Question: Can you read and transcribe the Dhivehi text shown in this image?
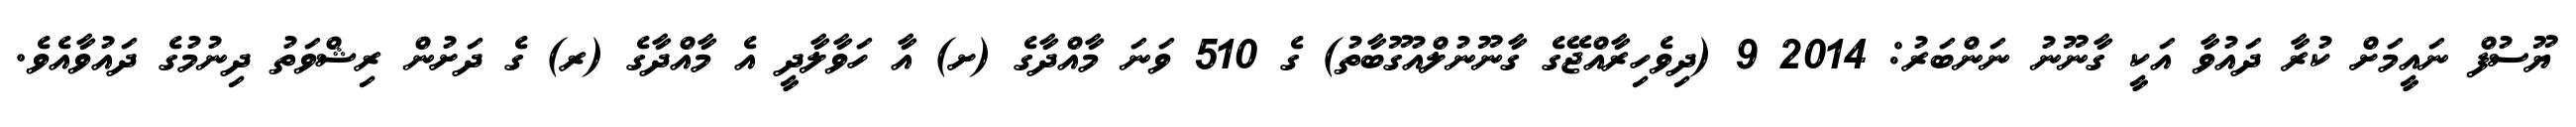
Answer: ޔޫސުފް ނައީމަށް ކުރާ ދައުވާ އަކީ ގާނޫނު ނަންބަރު: 2014 9 (ދިވެހިރާއްޖޭގެ ގާނޫނުލްއުގޫބާތު) ގެ 510 ވަނަ މާއްދާގެ (ށ) އާ ހަވާލާދީ އެ މާއްދާގެ (ރ) ގެ ދަށުން ރިޝްވަތު ދިނުމުގެ ދައުވާއެވެ.